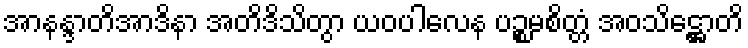
အာနန္ဒာတိအာဒိနာ အတိဒိသိတွာ ယဝပါလေန ပဉ္စမစိတ္တံ အဝသိဋ္ဌောတိ